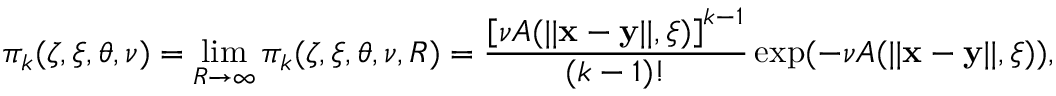
\pi _ { k } ( \zeta , \xi , \theta , \nu ) = \operatorname* { l i m } _ { R \to \infty } \pi _ { k } ( \zeta , \xi , \theta , \nu , R ) = \frac { \left[ \nu A ( | | \mathbf x - \mathbf y | | , \xi ) \right] ^ { k - 1 } } { ( k - 1 ) ! } \exp ( - \nu A ( | | \mathbf x - \mathbf y | | , \xi ) ) ,